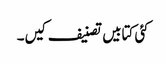
کئی کتابیں تصنیف کیں۔